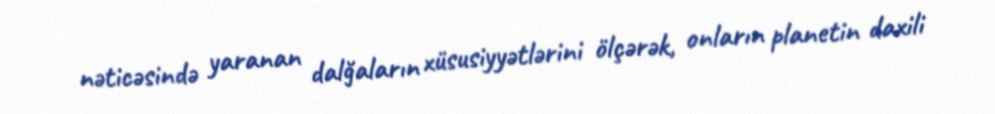
nəticəsində yaranan dalğaların xüsusiyyətlərini ölçərək, onların planetin daxili